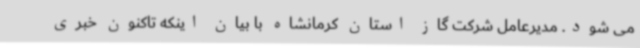
می شود. مدیرعامل شرکت گاز استان کرمانشاه با بیان اینکه تاکنون خبری